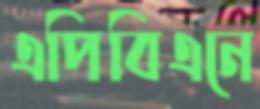
এপিবিএনে